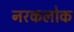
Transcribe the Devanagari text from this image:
नरकलोक